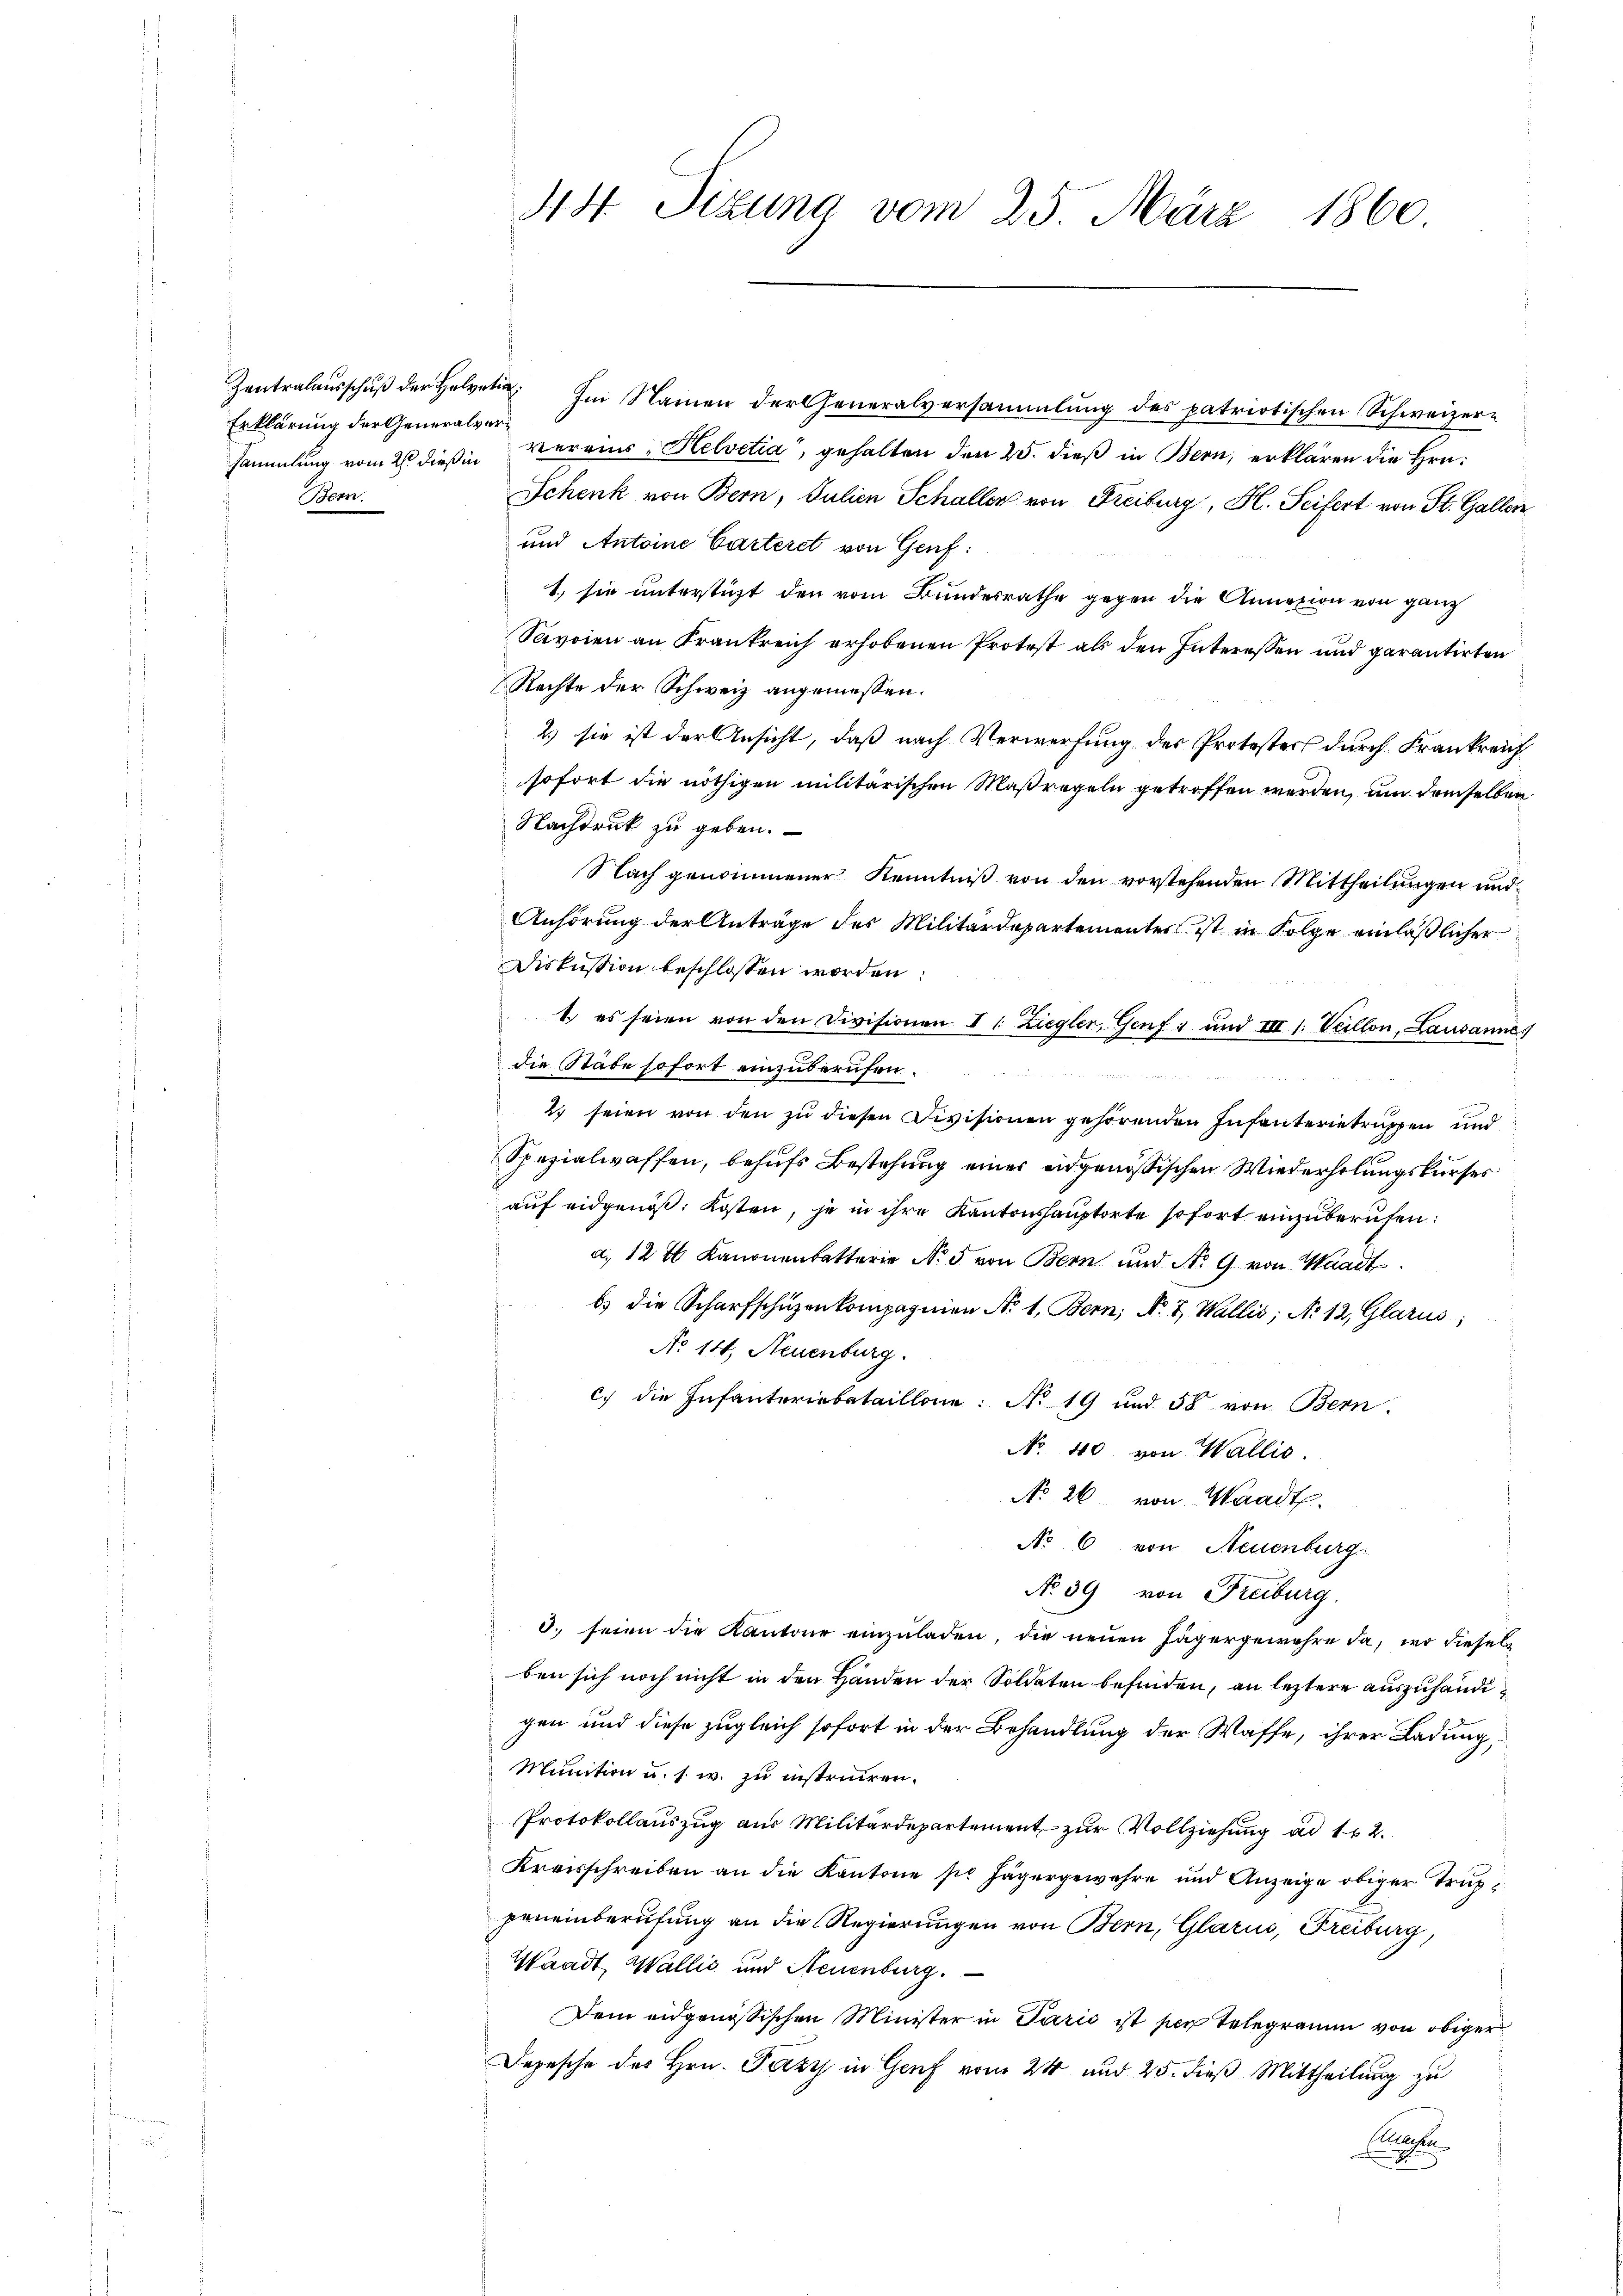
Erklärung der Generalver¬
Bern.

Zentralaŭsschŭβ der Helvet. Im Namen der Generalversammlung des patriotischen Schweizer-
sammlung vom 26. dieß in vereins-Helvetia, gehalten den 25. dieß in Bern, erklären die Hrn.
Schenk von Bern, Julien Schaller von Freiburg, Hl. Seifert von St. Gallen
und Antoine Carteret von Genf:
1, sie unterstüzt den vom Bundesrathe gegen die Annazion von ganz
Savoien an Frankreich erhobenen Protest als den Interessen und garantirten
Rechte der Schweiz angemessen.
2.) sie ist der Ansicht, daß nach Verwerfung des Protesters durch Frankreich
sofort die nöthigen militärischen Maßregeln getroffen werden, um demselben
Nachdruck zu geben.
Nach genommener Kenntniß von den vorstehenden Mittheilungen und
Anhörung der Anträge des Militärdepartementer ist in Folge einläßlicher
Diskussion beschlossen worden:
1.) es seien von den Divisionen II Ziegler, Genf 1 und III 1. Veillon, Lausannes
die Stäbe sofort einzuberufen.
d
 F 1 4
2 seien von den zu diesen Divisionen gehörenden Infanterietruppen und
Spezialwaffen, behufs Bestehung einer eidgenößischen Wiederholungskurses
aŭf eidgenöβ: Kosten, je in ihre Kantonshauptorte sofort einzuberufen:
a. 12 t. Kanonenbetterie N. 5 von Bern und No 9 von Waadt
b) die Scharfschüzenkompagnien No 1. Bern, N. Z. Wallis, No 12, Glarus;
No 14, Neuenburg.
c.) die Infanteriebataillone: No 19 und 50 von Bern.
No 40 von Wallis.
No. 26 von Waadt.
No 6 von Neuenburg,
No 39 von Freiburg.
d. seien die Kantone einzuladen, die neuen Jägergewahre da, wo dieselben sich noch nicht in den Händen der Soldaten befinden, an leztere auszuhändigen und diese zugleich sofort in der Behandlung der Waffe, ihrer Ladung,
Munition u. s. w. zu instruiren.
Protokollauszug aus Militärdepartement zur Vollziehung ad 12.
Kreisschreiben an die Kantone pr Jägergewahre und Anzeige obiger Truppeneinberufung an die Regierungen von Bern, Glarus, Freiburg,
Waadt, Wallis und Neuenburg.
Dem eidgenössischen Minister in Paris ist per Telegrauen von obiger
Depesche des Hrn. Pazy in Genf vom 24 und 25. dieß Mittheilung zu
E

44 Sizung vom 25. März 1860.